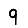
Digit: 9